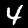
Digit: 4